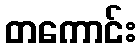
တကောင်း